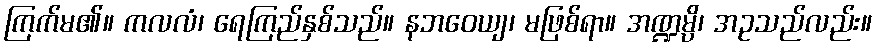
ကြက်မ၏။ ကလလံ၊ ရေကြည်နှစ်သည်။ နဘဝေယျ၊ မဖြစ်ရာ။ အဏ္ဍမ္ပိ၊ အဥသည်လည်း။